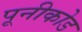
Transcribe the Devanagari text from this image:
पूनीकोड